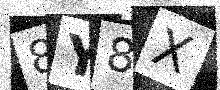
Text: 8Y8X